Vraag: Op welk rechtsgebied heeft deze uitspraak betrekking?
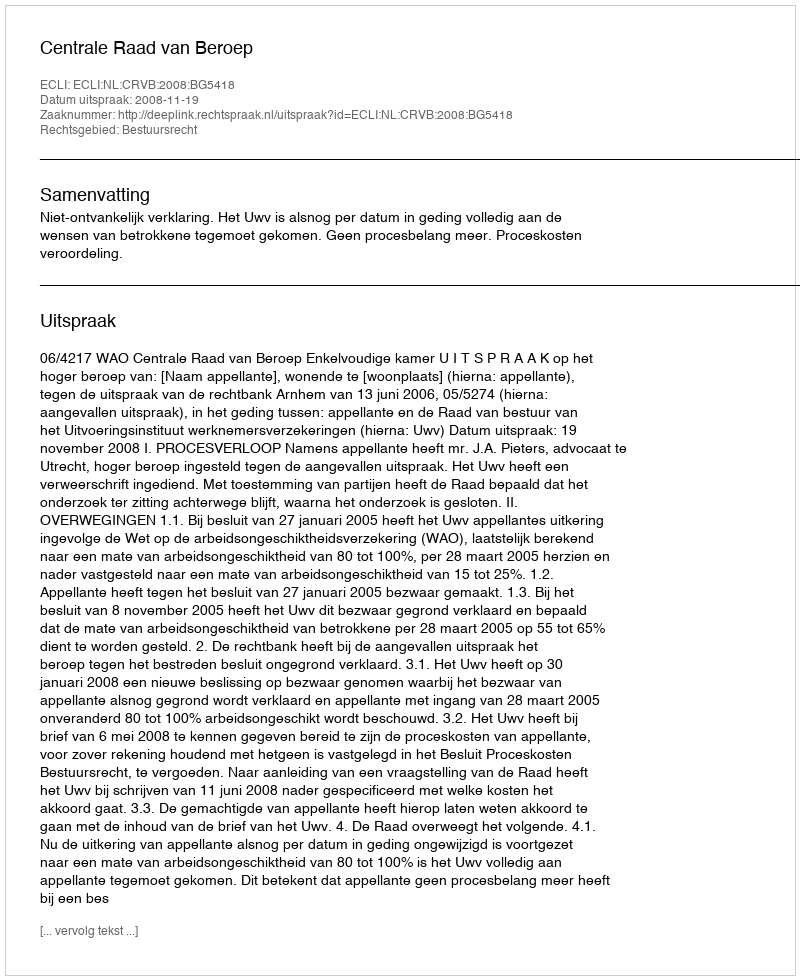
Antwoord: Bestuursrecht